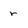
Character: r